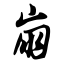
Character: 崩